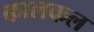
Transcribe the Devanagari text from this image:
कालकल